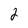
Character: 2